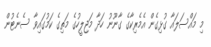
މި މައްސަލައާ ގުޅިގެން އެމެރިކާގެ ގާނޫނު ހަދާ މަޖިލީހުގެ މަތިގެ ކަމުގައިވާ ސެނެޓުން